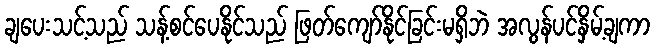
ချပေးသင့်သည် သန့်စင်ပေနိုင်သည် ဖြတ်ကျော်နိုင်ခြင်းမရှိဘဲ အလွန်ပင်နှိမ့်ချကာ